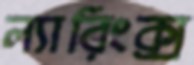
ল্যারিংক্স